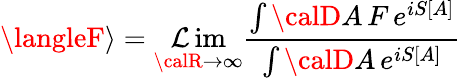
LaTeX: \langleF\rangle=\operatorname*{\mathcal{L}im}_{{\calR}\to\infty}{\frac{{\int{\calD}A\, F\, e^{iS[A]}}}{{\int{\calD}A\, e^{iS[A]}}}}